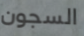
السجون